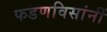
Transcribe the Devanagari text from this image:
फडणविसांनीं